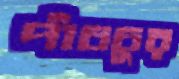
পাঁচচুর